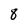
Character: 8